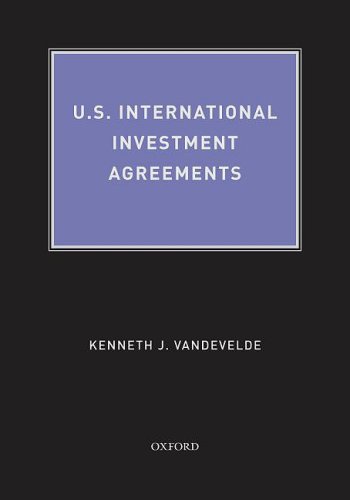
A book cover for U.S. International Investment Agreements; Kenneth J Vandevelde; Law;